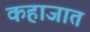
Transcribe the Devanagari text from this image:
कहाजात